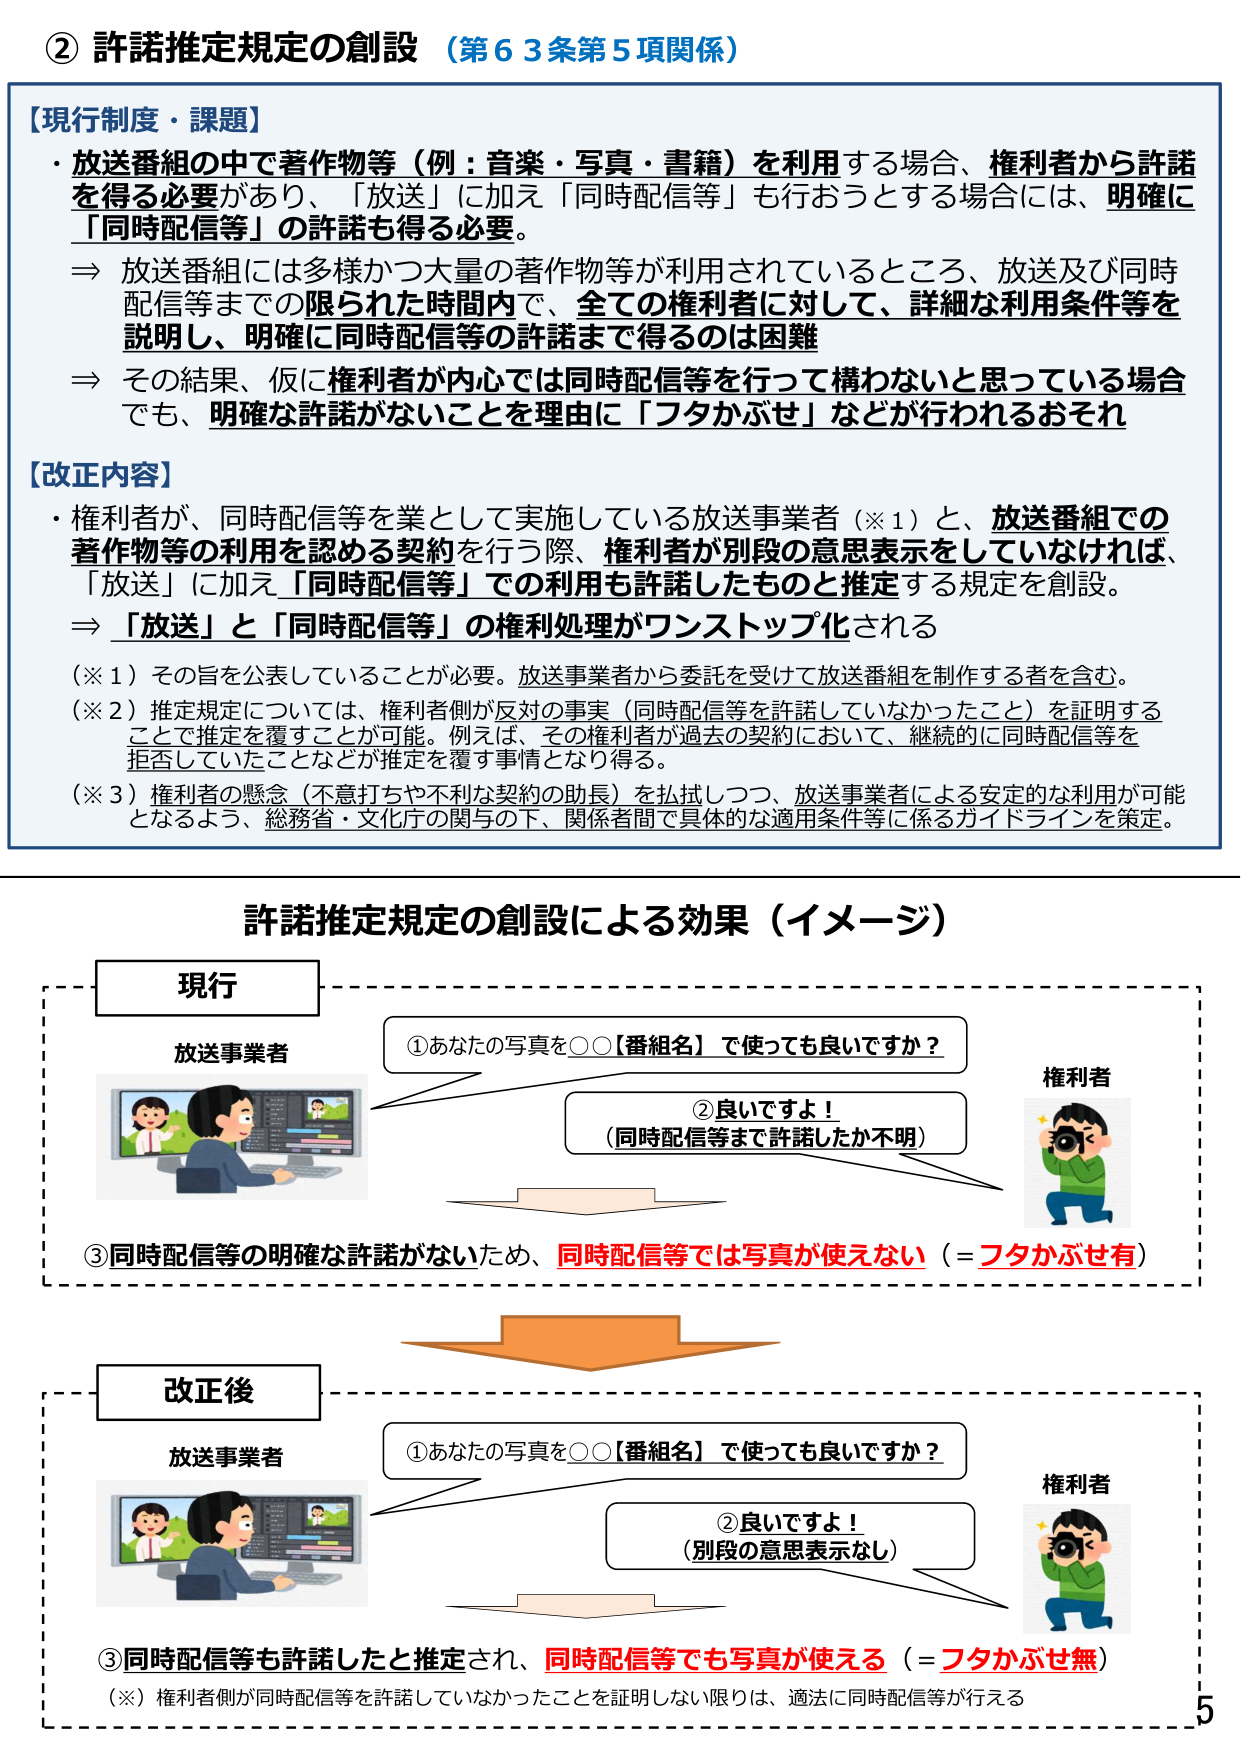
② 許諾推定規定の創設（第63条第5項関係）

【現行制度・課題】
・放送番組の中で著作物等（例：音楽・写真・書籍）を利用する場合、権利者から許諾を得る必要があり、「放送」に加え「同時配信等」も行おうとする場合には、明確に「同時配信等」の許諾も得る必要。
⇒ 放送番組には多様かつ大量の著作物等が利用されているところ、放送及び同時配信等までの限られた時間内で、全ての権利者に対して、詳細な利用条件等を説明し、明確に同時配信等の許諾まで得るのは困難
⇒ その結果、仮に権利者が内心では同時配信等を行って構わないと思っている場合でも、明確な許諾がないことを理由に「フタかぶせ」などが行われるおそれ

【改正内容】
・権利者が、同時配信等を業として実施している放送事業者（※1）と、放送番組での著作物等の利用を認める契約を行う際、権利者が別段の意思表示をしていなければ、「放送」に加え「同時配信等」での利用も許諾したものと推定する規定を創設。
⇒ 「放送」と「同時配信等」の権利処理がワンストップ化される

（※1）その旨を公表していることが必要。放送事業者から委託を受けて放送番組を制作する者を含む。
（※2）推定規定については、権利者側が反対の事実（同時配信等を許諾していなかったこと）を証明することで推定を覆すことが可能。例えば、その権利者が過去の契約において、継続的に同時配信等を拒否していたことなどが推定を覆す事情となり得る。
（※3）権利者の懸念（不意打ちや不利な契約の助長）を払拭しつつ、放送事業者による安定的な利用が可能となるよう、総務省・文化庁の関与の下、関係者間で具体的な適用条件等に係るガイドラインを策定。

許諾推定規定の創設による効果（イメージ）

現行
放送事業者
①あなたの写真を○○【番組名】で使っても良いですか？
権利者
②良いですよ！
（同時配信等まで許諾したか不明）
③同時配信等の明確な許諾がないため、同時配信等では写真が使えない（＝フタかぶせ有）

改正後
放送事業者
①あなたの写真を○○【番組名】で使っても良いですか？
権利者
②良いですよ！
（別段の意思表示なし）
③同時配信等も許諾したと推定され、同時配信等でも写真が使える（＝フタかぶせ無）
（※）権利者側が同時配信等を許諾していなかったことを証明しない限りは、適法に同時配信等が行える

5